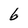
Character: 6